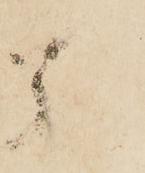
龍